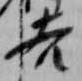
吉